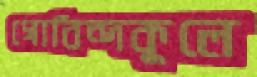
গোবিন্দকুলে